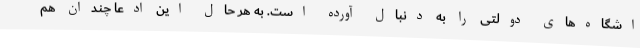
اشگاه‌های دولتی را به دنبال آورده است. به هر حال این ادعا چندان هم